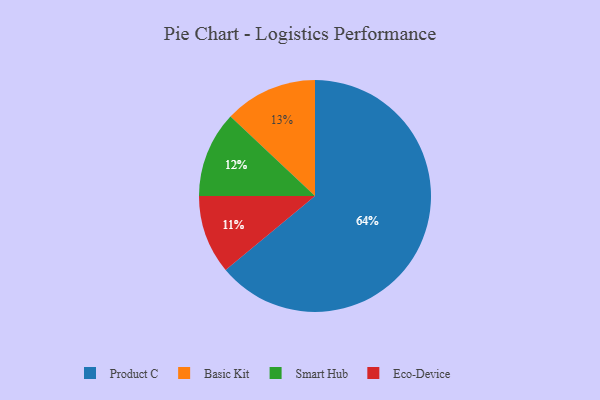
{"axis": {"x": "Category", "y": "Percentage"}, "legend": ["Basic Kit", "Eco-Device", "Product C", "Smart Hub"], "data": [{"x": "Eco-Device", "y": 11, "type": "Eco-Device"}, {"x": "Smart Hub", "y": 12, "type": "Smart Hub"}, {"x": "Basic Kit", "y": 13, "type": "Basic Kit"}, {"x": "Product C", "y": 64, "type": "Product C"}]}